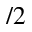
/ 2